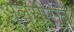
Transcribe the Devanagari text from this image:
अलसीसूत्र